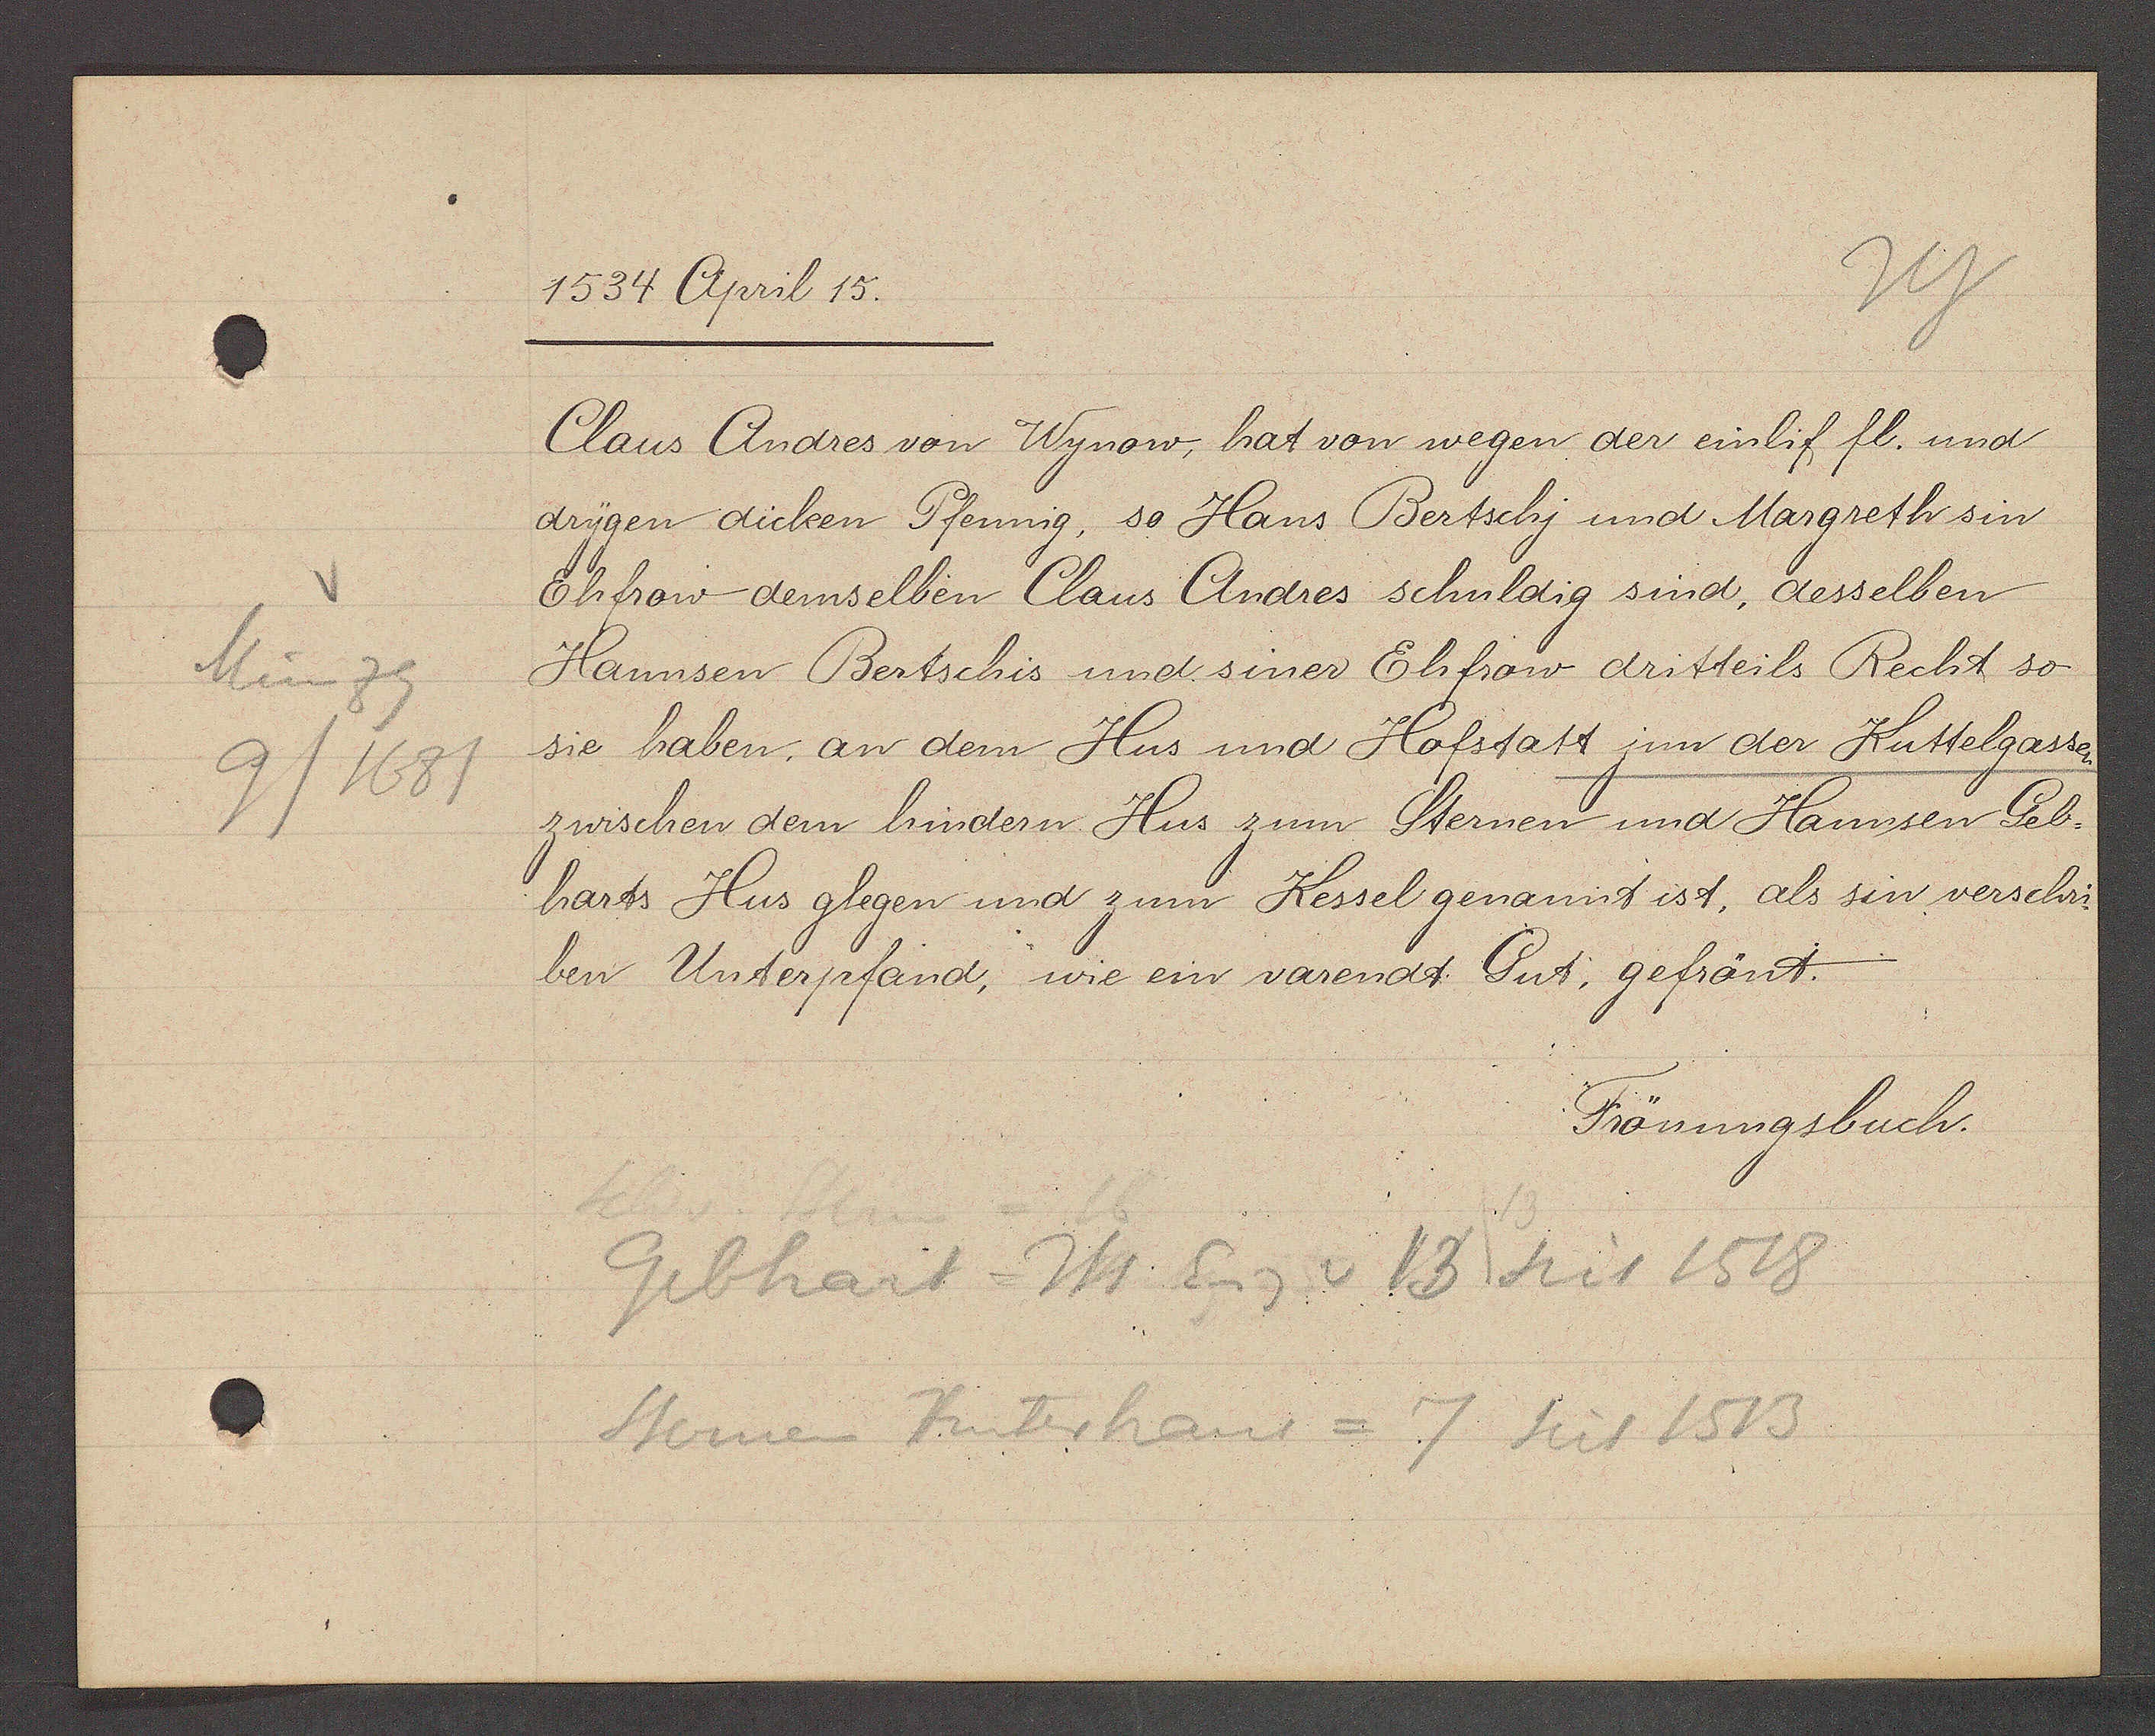
Transcript:
Münzg
9/1681

1534 April 15.

Claus Andres von Wynow, hat von wegen der einlif fl. und
drygen dicken Pfennig, so Hans Bertschy und Margreth sin
Ehfrow demselben Claus Andres schuldig sind, desselben
Hannsen Bertschis und siner Ehfrow dritteils Recht so
sie haben, an dem Hus und Hofstatt inn der Kuttelgasse
zwischen dem hindern Hus zum Sternen und Hannsen Geb¬
harts Hus glegen und zum Kessel genannt ist, als sin verschri¬
ben Unterpfand, wie ein varendt Gut, gefrönt.

Frönungsbuch.

Gebhart Hs Eig v 13 seit 1518
Sternen Hinterhaus = 7 seit 1513